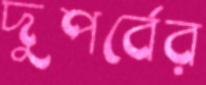
দুপর্বের